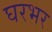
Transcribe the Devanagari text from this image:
घरभर